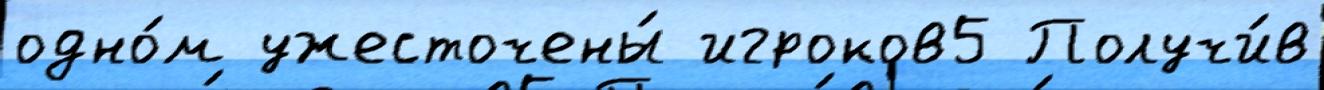
одно́м ужесточены́ игроков5 Получи́в